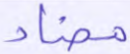
مضاد